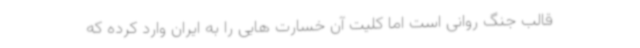
قالب جنگ روانی است اما کلیت آن خسارت هایی را به ایران وارد کرده که